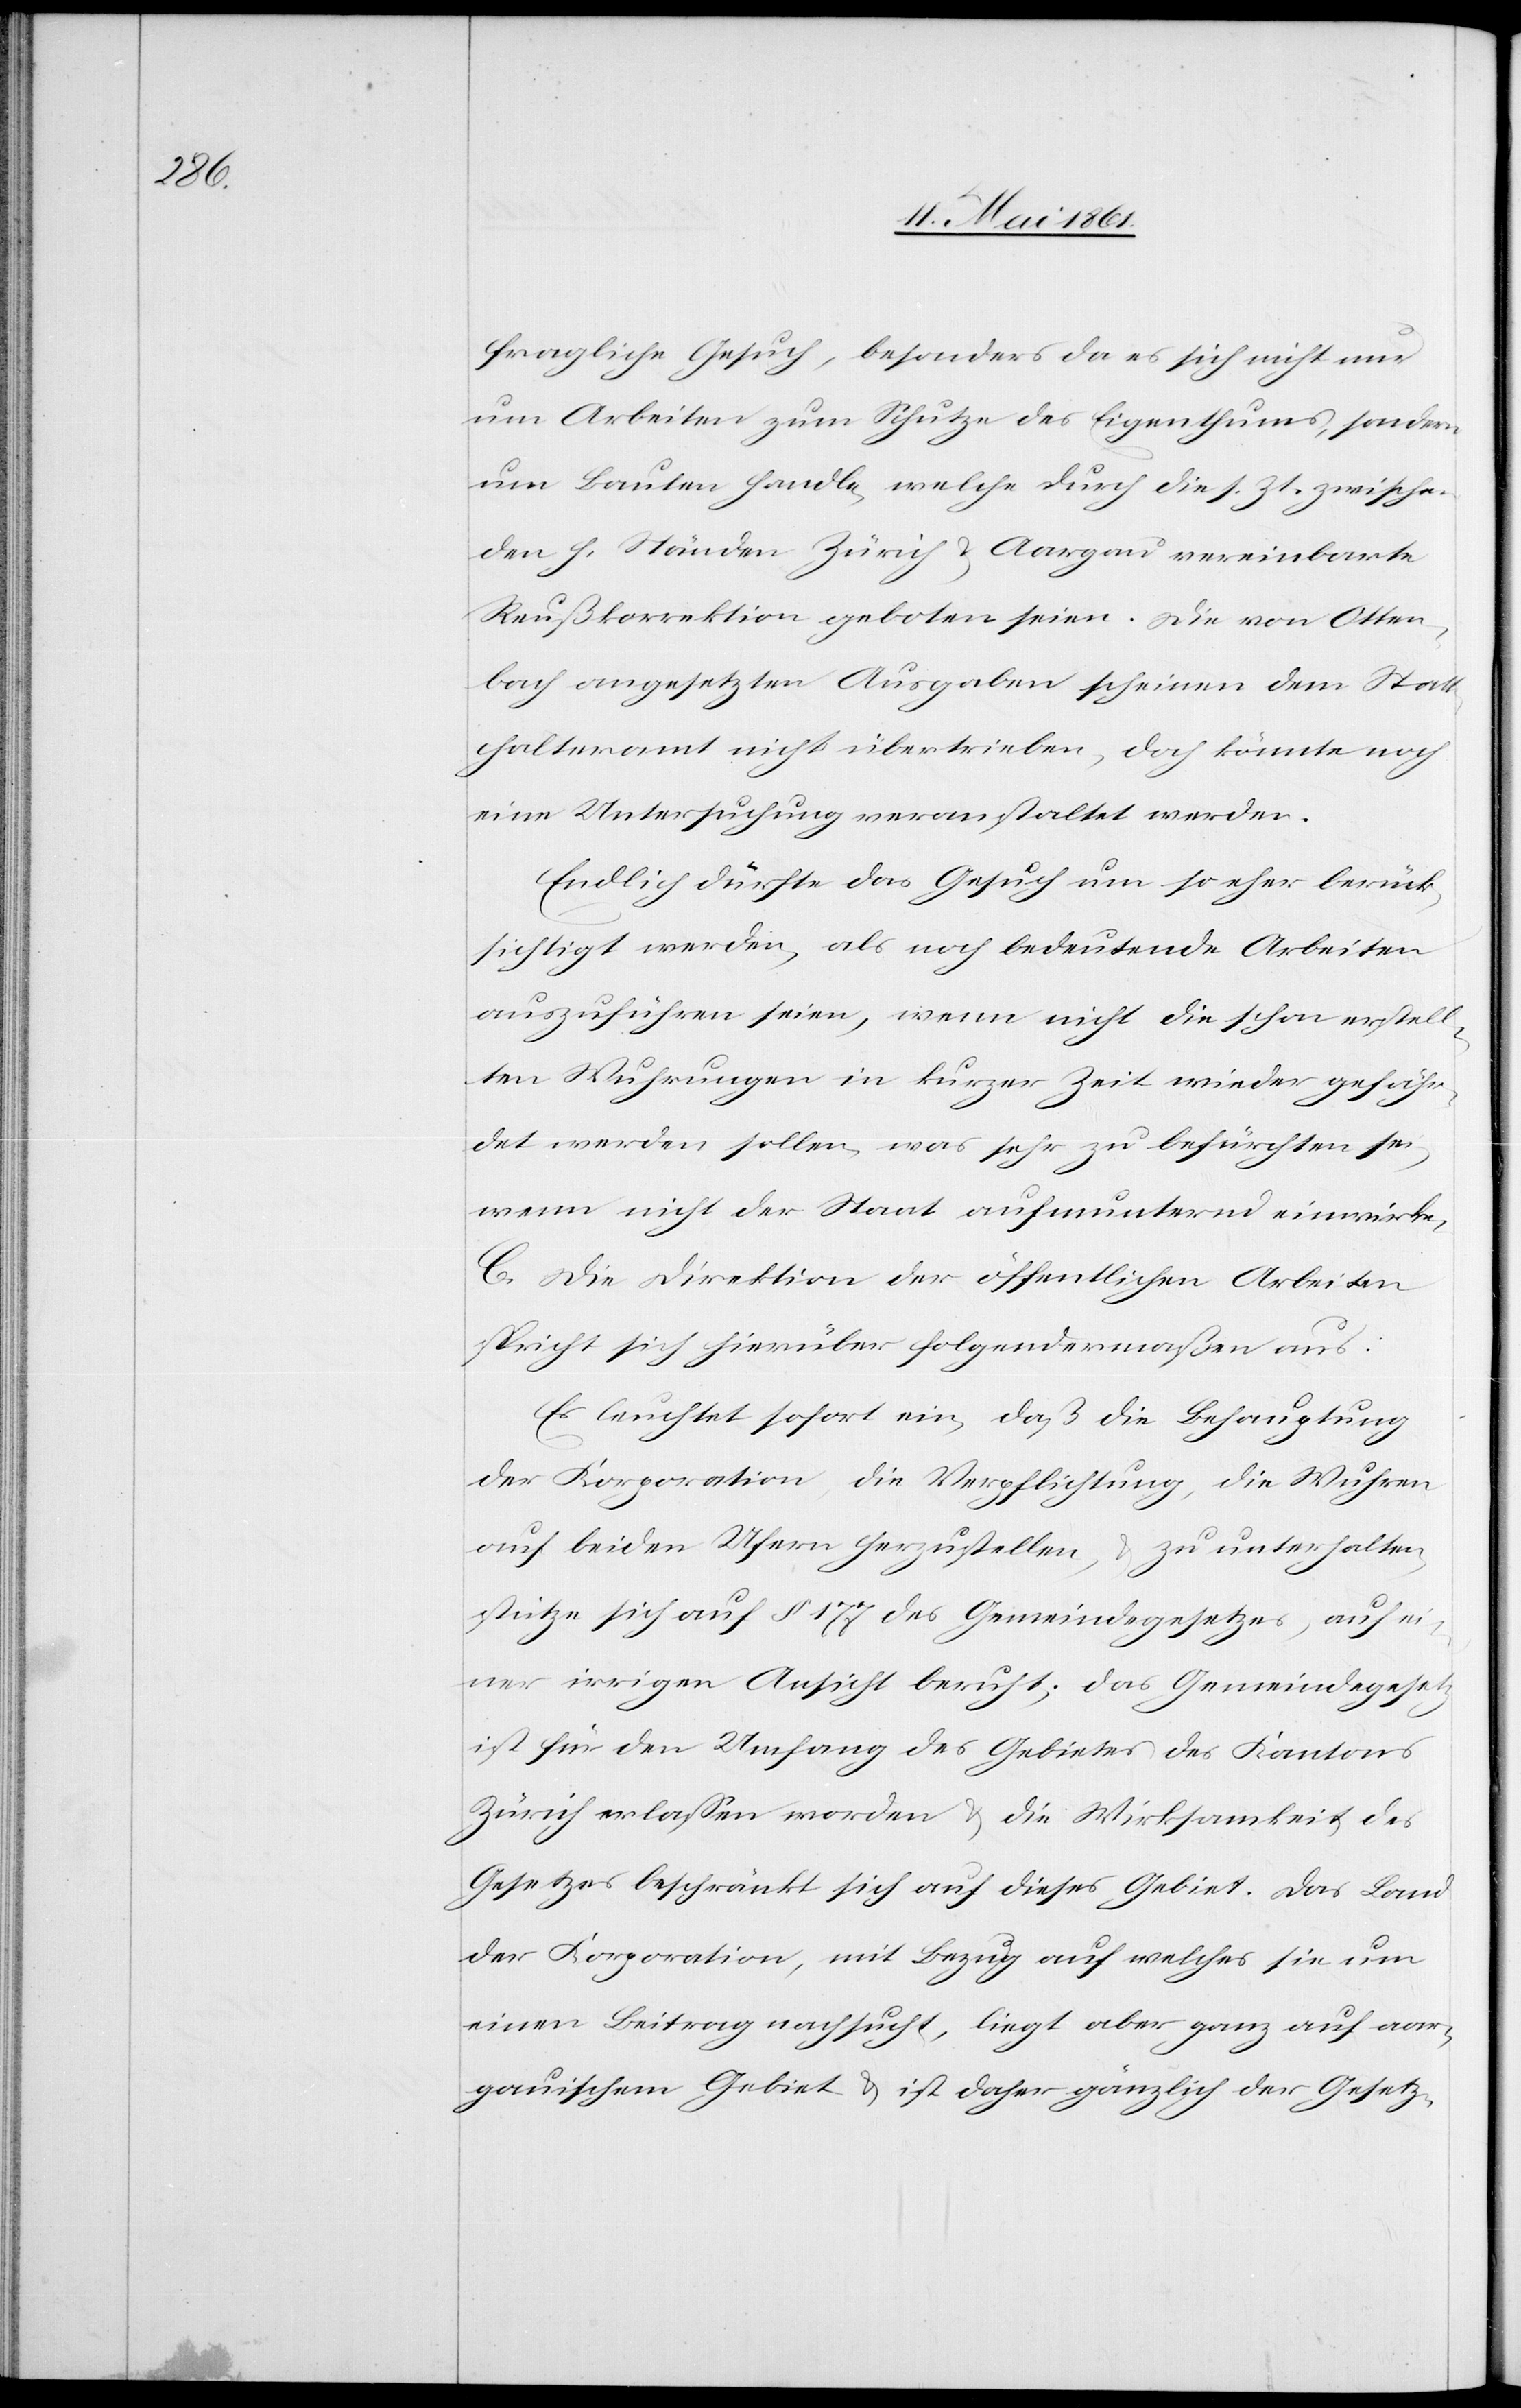
fragliche Gesuch, besonders da es sich nicht nur
um Arbeiten zum Schutze des Eigenthums, sondern
um Bauten handle, welche durch die s. Zt. zwischen
den h. Ständen Zürich u. Aargau vereinbarte
Reußkorrektion geboten seien. Die von Otten¬
bach angesetzten Ausgaben scheinen dem Stat¬
thalteramt nicht übertrieben, doch könnte noch
eine Untersuchung veranstaltet werden.
Endlich dürfte das Gesuch um so eher berück¬
sichtigt werden, als noch bedeutende Arbeiten
auszuführen seien, wenn nicht die schon erstell¬
ten Wuhrungen in kurzer Zeit wieder gefähr¬
det werden sollen, was sehr zu befürchten sei,
wenn nicht der Staat aufmunternd einwirke.
C. Die Direktion der öffentlichen Arbeiten
spricht sich hierüber folgendermaßen aus:
Es leuchtet sofort ein, daß die Behauptung
der Korporation, die Verpflichtung, die Wuhren
auf beiden Ufern herzustellen, u. zu unterhalten,
stütze sich auf § 177 des Gemeindegesetzes, auf ei¬
ner irrigen Ansicht beruht; das Gemeindegesetz
ist für den Umfang des Gebietes des Kantons
Zürich erlassen worden u. die Wirksamkeit des
Gesetzes beschränkt sich auf dieses Gebiet. Das Land
der Korporation, mit Bezug auf welches sie um
einen Beitrag nachsucht, liegt aber ganz auf aar¬
gauischem Gebiet u. ist daher gänzlich der Gesetz-